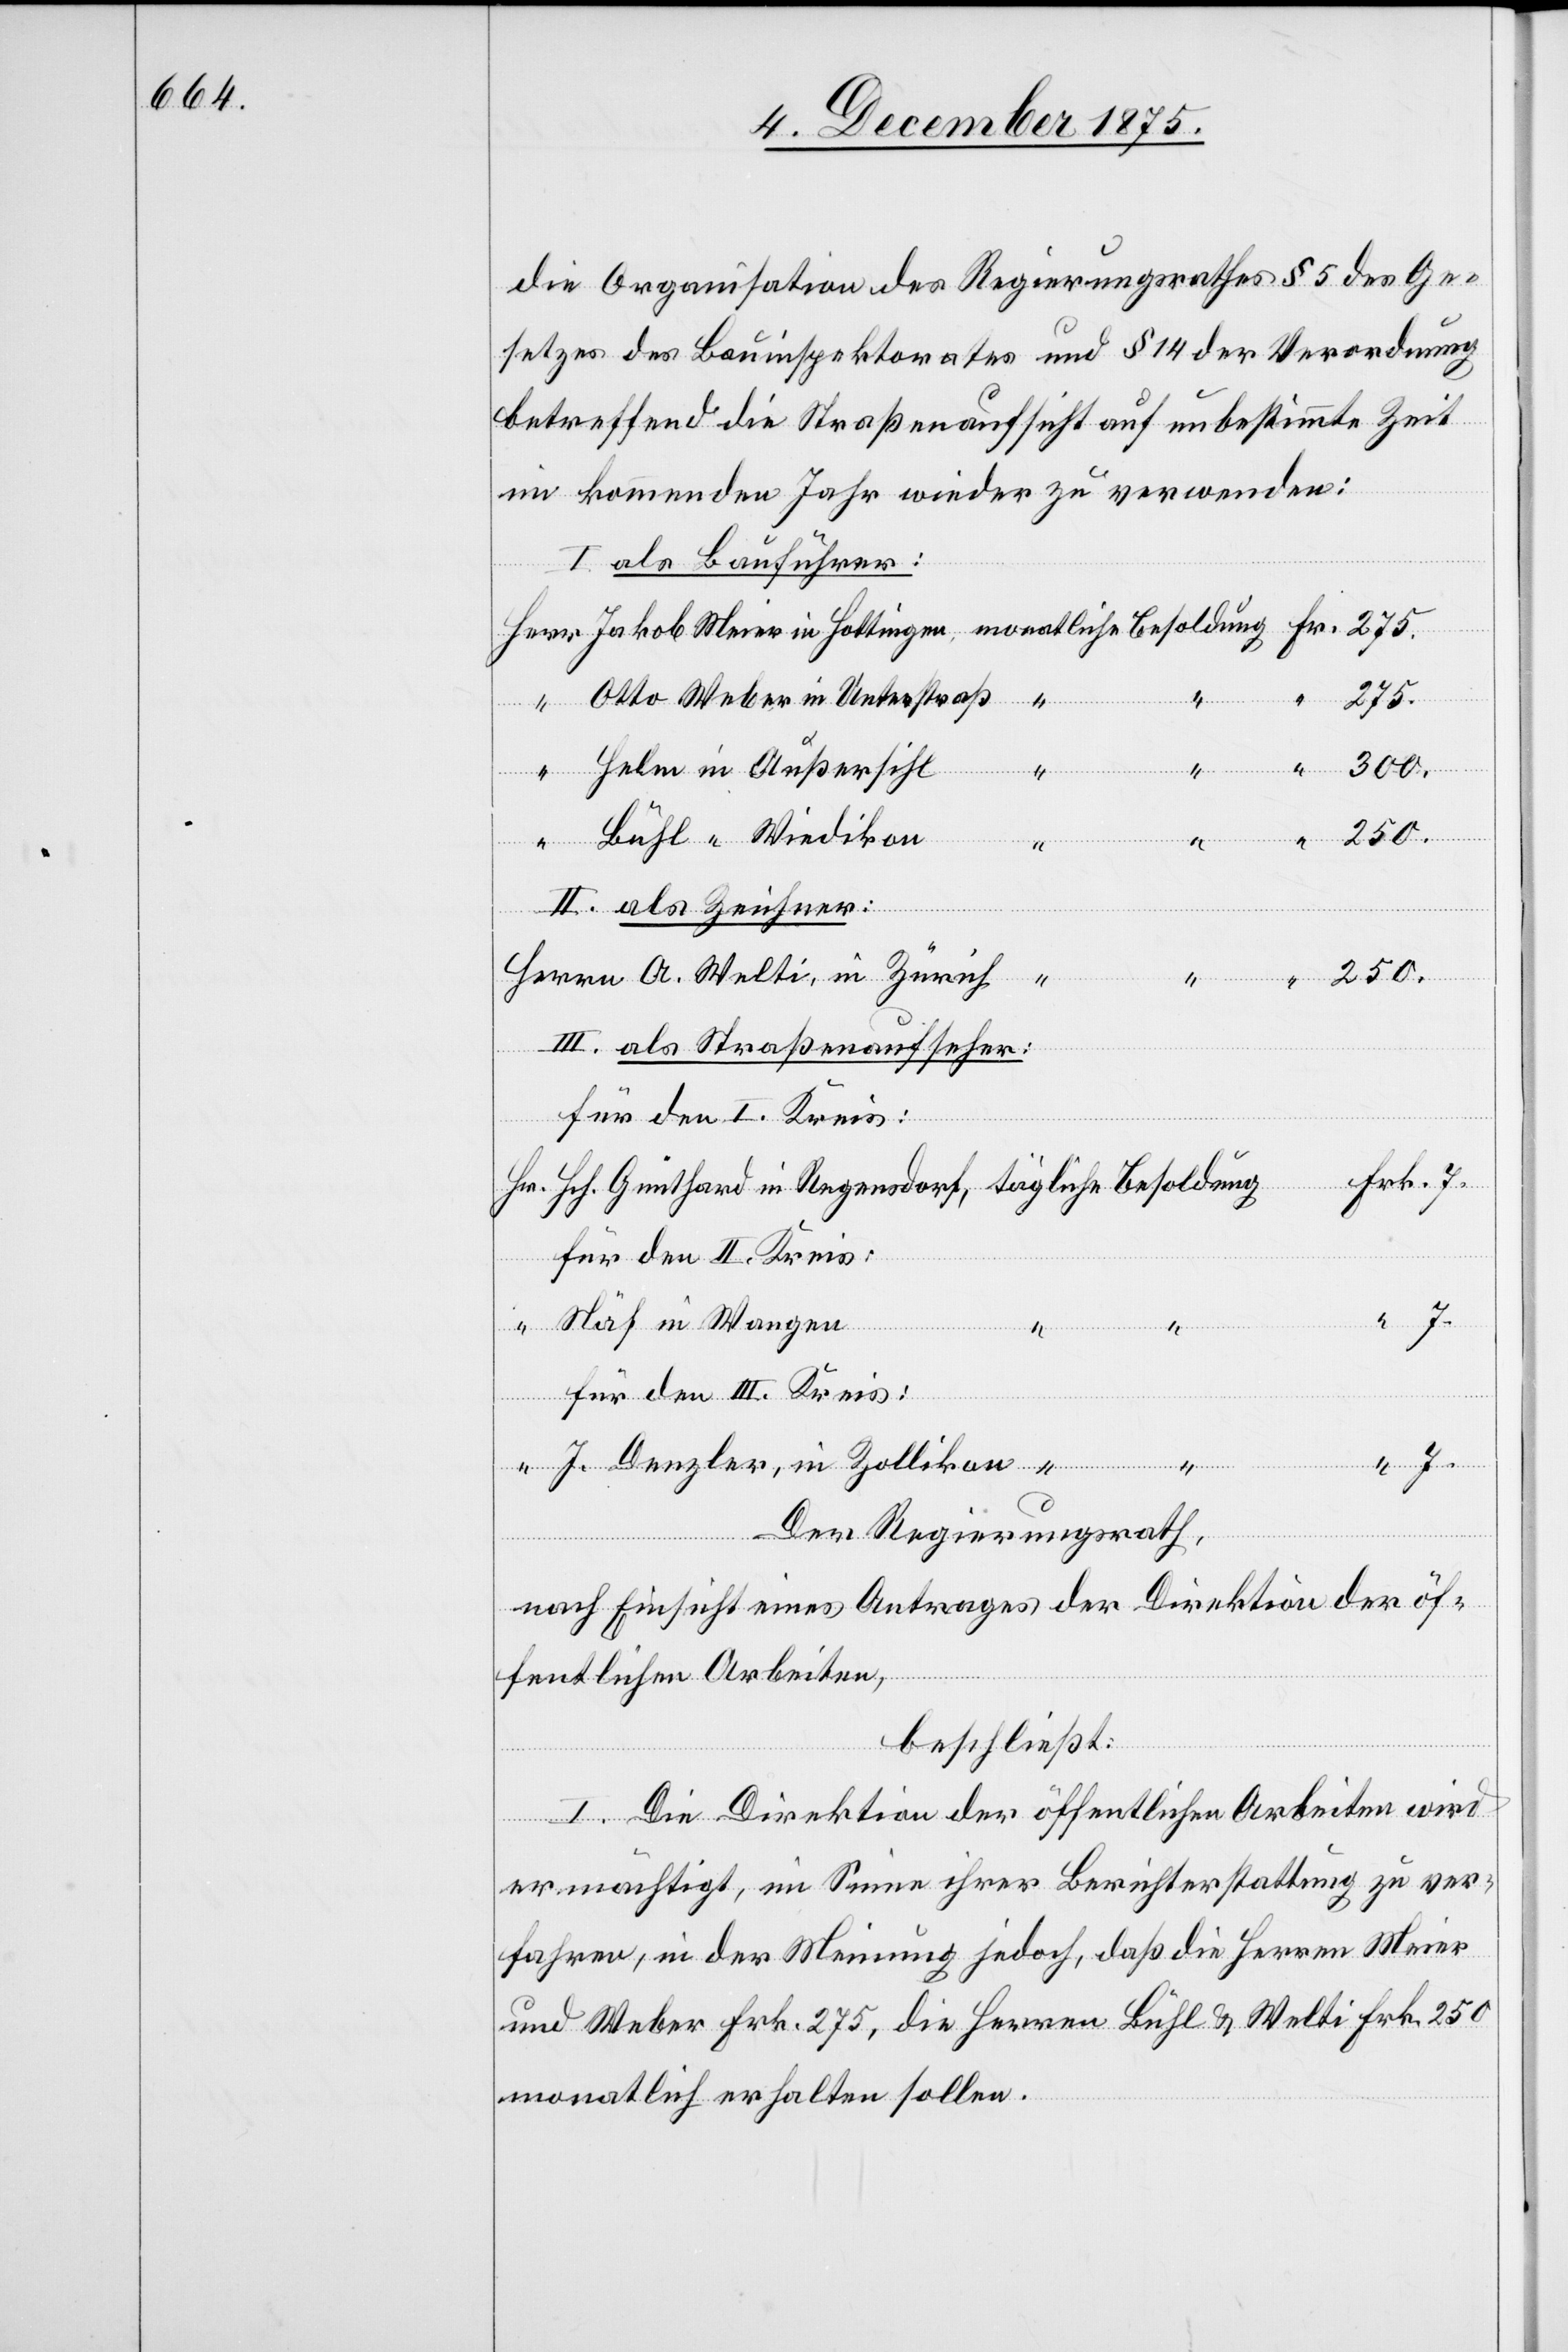
ung

die Organisation des Regierungsrathes[,] § 5 des Ge¬
setzes des Bauinspektorates und § 14 der Verordnung
betreffend die Straßenaufsicht auf unbestimmte Zeit
im kommenden Jahr wieder zu verwenden:
I. als Bauführer:
Otto Weber in Unterstraß
Zürich
300.
Herr
Helm in Außersihl
Bühl “ Wiedikon
250.
II. als Zeichner:
Frk.
III. als Straßenaufseher:
Besold¬
Näf in Wangen
“
7.
für den III. Kreis:
Regensdorf,
tägliche
J. Denzler, in Zollikon
7.
Der Regierungsrath,
nach Einsicht eines Antrages der Direktion der öf¬
fentlichen Arbeiten,
beschließt:
I. Die Direktion der öffentlichen Arbeiten wird
ermächtigt, im Sinne ihrer Berichterstattung zu ver¬
fahren, in der Meinung jedoch, daß die Herren Meier
und Weber Frk. 275, die Herren Bühl & Welti Frk. 250
monatlich erhalten sollen.